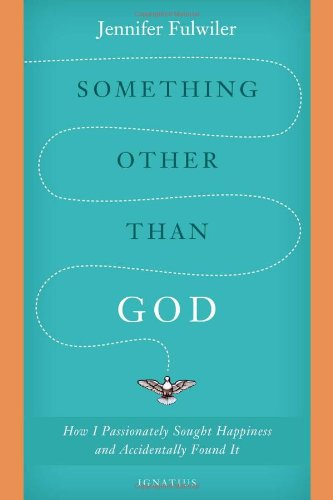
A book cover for Something Other Than God: How I Passionately Sought Happiness and Accidentally Found It; Jennifer Fulwiler; Biographies & Memoirs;